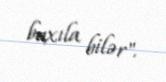
baxıla bilər".